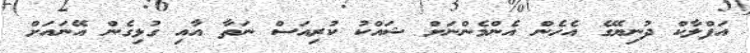
އަފްލާކް ދުނިޔޭގެ އެހެން އެންމެންނަށް ޝައްކު ކުރިއަސް ނަތާ އާއި ގުޅިގެން އޭނައަށް